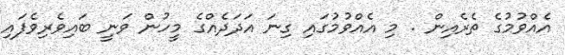
އެއްވުމުގެ ތެރެއިން . މި އެއްވުމުގައި ގިނަ އަދަދެއްގެ މީހުން ވަނީ ބައިވެރިވެފައި